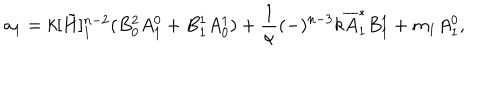
LaTeX: a _ { 1 } = k [ \tilde { H } ] _ { 1 } ^ { n - 2 } ( B _ { 0 } ^ { 2 } A _ { 1 } ^ { 0 } + B _ { 1 } ^ { 1 } A _ { 0 } ^ { 1 } ) + \frac { 1 } { \alpha } ( - ) ^ { n - 3 } k { \overline { { A } } } _ { 1 } ^ { * } B _ { 1 } ^ { 1 } + m _ { 1 } A _ { 1 } ^ { 0 } ,